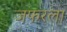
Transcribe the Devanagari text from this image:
जफरला